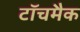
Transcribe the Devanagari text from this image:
टॉचमैक